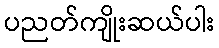
ပညတ်ကျိုးဆယ်ပါး